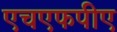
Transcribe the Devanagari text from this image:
एचएफपीए